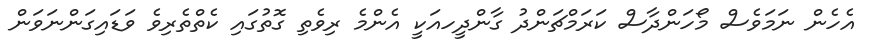
އެހެން ނަމަވެސް މޯހަންދާސް ކަރަމްޗަންދު ގާންދީހއަކީ އެންމެ ރިވެތި ގޮތުގައި ކެތްތެރިވެ ވަޑައިގަންނަވަން